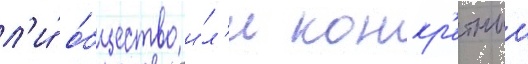
л'и́ о́бщество и́л'и конкр'етныи